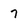
Character: 7